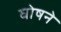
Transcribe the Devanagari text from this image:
घोषने